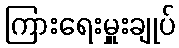
ကြားရေးမှူးချုပ်